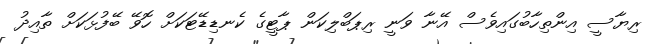
ރިޔާސީ އިންތިހާބުގައިވެސް އޭނާ ވަނީ ރިޕަބްލިކަން ޕާޓީގެ ކެނޑިޑޭޓަކަށް ހޮވޭ ބޭފުޅަކަށް ތާއިދު